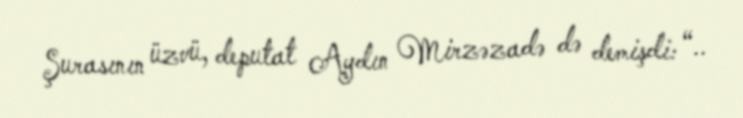
Şurasının üzvü, deputat Aydın Mirzəzadə də demişdi: “..